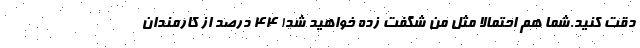
دقت کنید.شما هم احتمالا مثل من شگفت زده خواهید شد! ۴۴ درصد از کارمندان